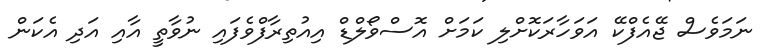
ނަމަވެސް ޖޭއެފްކޭ އަވަހާރަކޮށްލި ކަމަށް އޮސްވޯލްޑް އިއުތިރާފްވެފައި ނުވާތީ އާއި އަދި އެކަން